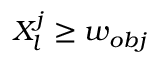
X _ { l } ^ { j } \ge w _ { o b j }